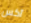
آكس